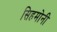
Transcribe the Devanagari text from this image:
सिहमोनी